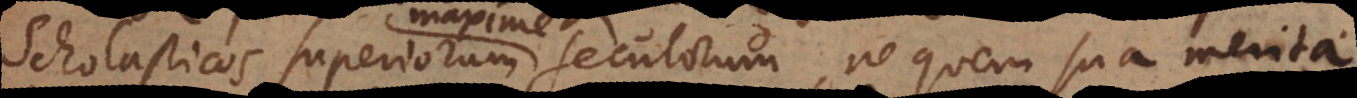
Scholasticos superiorum seculorum, ne quem sua merita